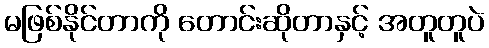
မဖြစ်နိုင်တာကို တောင်းဆိုတာနှင့် အတူတူပဲ